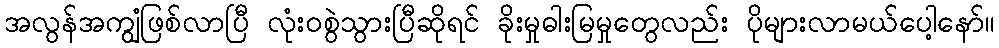
အလွန်အကျွံဖြစ်လာပြီ လုံးဝစွဲသွားပြီဆိုရင် ခိုးမှုဓါးမြမှုတွေလည်း ပိုများလာမယ်ပေါ့နော်။